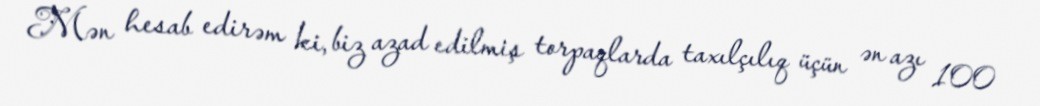
Mən hesab edirəm ki, biz azad edilmiş torpaqlarda taxılçılıq üçün ən azı 100